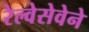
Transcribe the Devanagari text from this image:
रेल्वेसेवेने